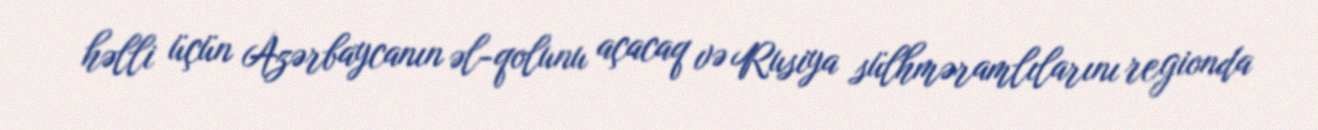
həlli üçün Azərbaycanın əl-qolunu açacaq və Rusiya sülhməramlılarını regionda